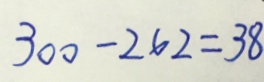
3 0 0 - 2 6 2 = 3 8